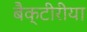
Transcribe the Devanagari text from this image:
बैक्टीरीया